Mental hospitals Bombay report 1929-33 - 1929-1933
Year: 1929
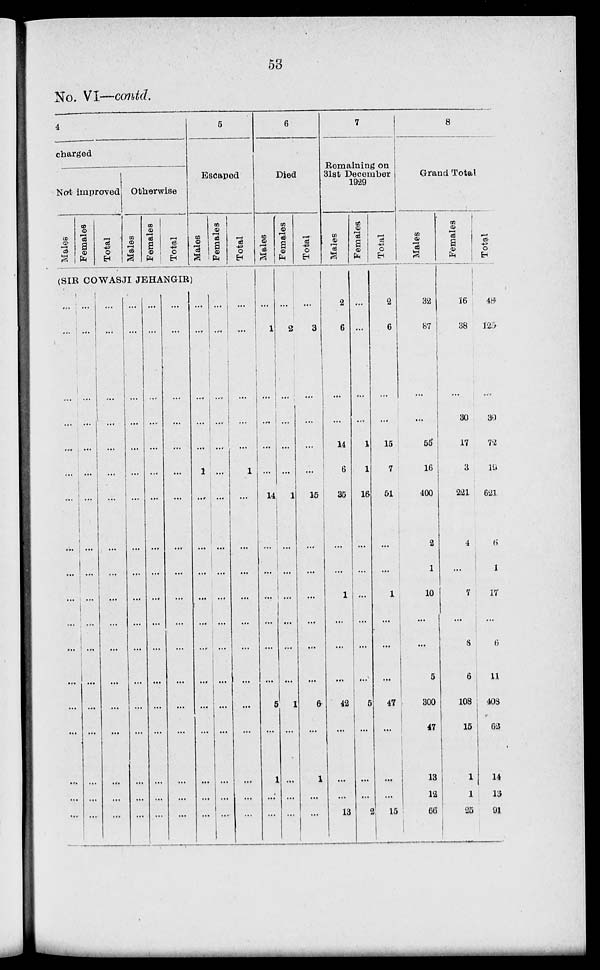
53
No. VI—contd.
4
charged
Nat improved
Males
Females
Total
Otherwise
Males
Females
Total
5
Escaped
Males
Females
(SIB COWASJI JEHANGIR)
...
...
...
...
...
...
...
...
...
...
...
...
...
...
...
...
...
...
...
...
...
...
...
...
...
...
...
...
...
...
...
...
...
...
...
...
...
...
...
...
...
...
...
...
...
...
...
...
...
...
...
...
...
...
...
...
...
...
...
...
...
...
...
...
...
...
...
...
...
...
...
...
...
...
...
...
...
...
...
...
...
...
...
...
...
...
...
...
...
...
...
...
...
...
...
...
...
...
...
...
...
...
...
...
...
...
...
...
...
...
...
...
...
1
...
...
...
...
...
...
...
...
...
...
...
...
...
...
...
...
...
...
...
...
...
...
...
...
...
...
...
...
...
...
Total
...
...
...
...
...
1
...
...
...
...
...
...
...
...
...
...
...
...
6
Died
Males
...
1
...
...
...
...
14
...
...
...
...
...
5
...
1
...
...
Females
...
2
...
...
...
...
1
...
...
...
...
...
...
1
...
...
...
...
Total
...
3
...
...
...
...
15
...
...
...
...
...
...
6
1
...
...
7
Remaining on
31st December
1929
Males
2
6
...
...
14
6
35
...
1
...
...
42
...
...
...
13
Females
...
...
...
...
1
1
16
...
...
...
...
...
...
5
...
...
...
2
Total
2
6
...
...
15
7
51
...
...
1
...
...
...
47
...
...
...
15
8
Grand Total
Males
32
87
...
...
55
16
400
2
1
10
...
...
5
300
47
13
12
66
Females
16
38
...
30
17
3
221
4
...
7
...
8
6
108
15
1
1
25
Total
48
125
...
30
72
19
621
6
1
17
...
6
11
408
62
14
13
91